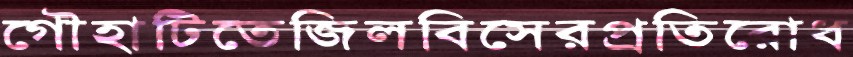
গৌহাটিতেজিলবিসেরপ্রতিরোধ